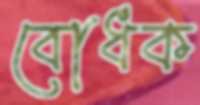
বোধক